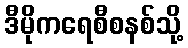
ဒီမိုကရေစီစနစ်သို့